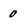
Character: 0